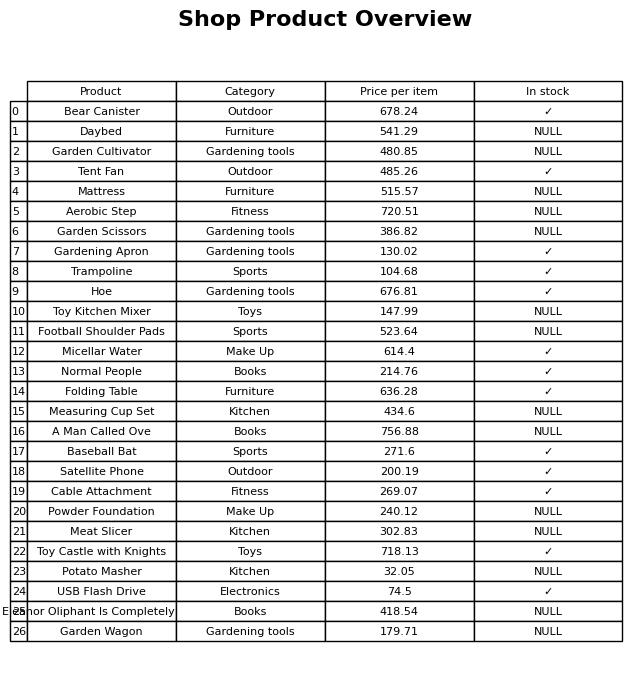
question: What is the stock status of the Micellar Water?
answer: ✓